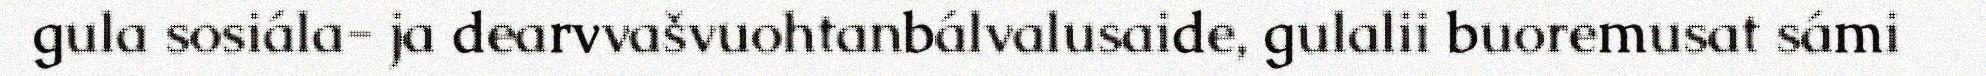
gula sosiála- ja dearvvašvuohtanbálvalusaide, gulalii buoremusat sámi